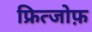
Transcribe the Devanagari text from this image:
फ्रित्जोफ़